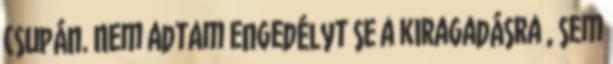
csupán. Nem adtam engedélyt se a kiragadásra , sem